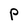
Character: P